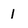
Character: 1